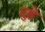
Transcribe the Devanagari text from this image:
दुहे